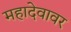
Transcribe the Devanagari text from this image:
महादेवावर